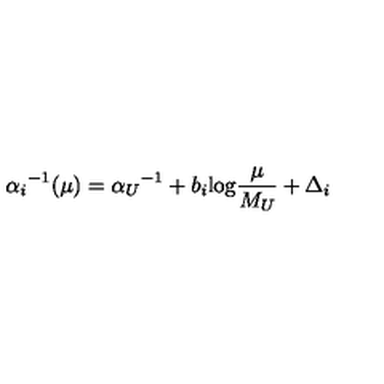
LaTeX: { \alpha _ { i } } ^ { - 1 } ( \mu ) = { \alpha _ { U } } ^ { - 1 } + b _ { i } \mathrm { l o g } { \frac { \mu } { M _ { U } } } + \Delta _ { i }